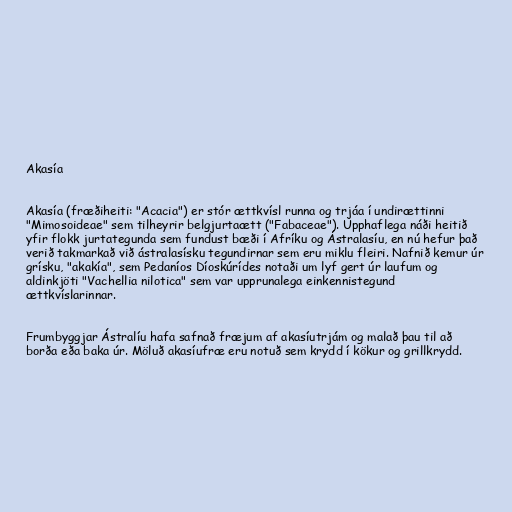
Akasía

Akasía (fræðiheiti: "Acacia") er stór ættkvísl runna og trjáa í undirættinni
"Mimosoideae" sem tilheyrir belgjurtaætt ("Fabaceae"). Upphaflega náði heitið
yfir flokk jurtategunda sem fundust bæði í Afríku og Ástralasíu, en nú hefur það
verið takmarkað við ástralasísku tegundirnar sem eru miklu fleiri. Nafnið kemur úr
grísku, "akakía", sem Pedaníos Díoskúrídes notaði um lyf gert úr laufum og
aldinkjöti "Vachellia nilotica" sem var upprunalega einkennistegund
ættkvíslarinnar.

Frumbyggjar Ástralíu hafa safnað fræjum af akasíutrjám og malað þau til að
borða eða baka úr. Möluð akasíufræ eru notuð sem krydd í kökur og grillkrydd.